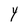
Character: Y